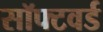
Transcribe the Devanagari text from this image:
सॉफ्टवर्ड